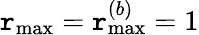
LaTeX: \mathtt{r}_{\operatorname*{max}}=\mathtt{r}_{\operatorname*{max}}^{(b)}=1